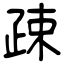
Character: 疎